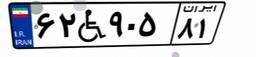
۶۲W۹۰۵۸۱